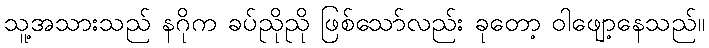
သူ့အသားသည် နဂိုက ခပ်ညိုညို ဖြစ်သော်လည်း ခုတော့ ဝါဖျော့နေသည်။